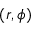
( r , \phi )